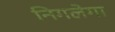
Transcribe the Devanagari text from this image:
निगलेगा